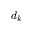
d _ { k }